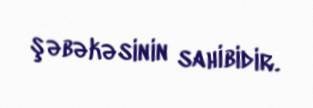
şəbəkəsinin sahibidir.